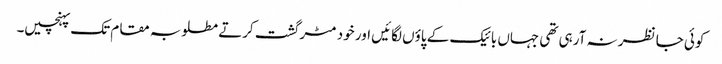
کوئی جا نظر نہ آرہی تھی جہاں بائیک کے پاؤں لگائیں اور خود مٹر گشت کرتے مطلوبہ مقام تک پہنچیں۔